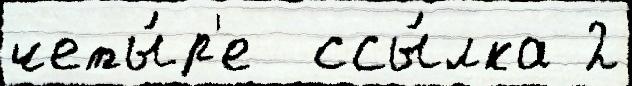
четы́р'е  ссы́лка 2